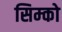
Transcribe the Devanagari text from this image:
सिम्को